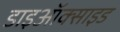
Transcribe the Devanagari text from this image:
डाइऑक्‍साइड